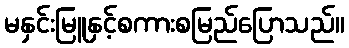
မနှင်းမြူနှင့်စကားစမြည်ပြောသည်။